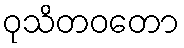
ဝုသိတဝတော